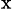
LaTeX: _\textrm{x}